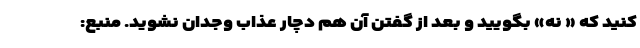
کنید که « نه» بگویید و بعد از گفتن آن هم دچار عذاب وجدان نشوید. منبع: